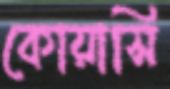
কোয়াসি